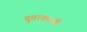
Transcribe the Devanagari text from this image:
दूताकरवी